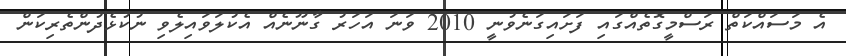
އެ މަސައްކަތް ރަސްމީގޮތެއްގައި ފަށައިގަނެވުނީ 2010 ވަނަ އަހަރު ގާނޫނެއް އެކުލަވައިލެވި ނުކުޅެދުންތެރިކަން